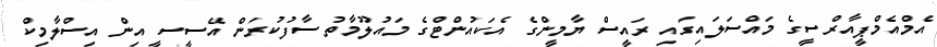
އެމްއެމްޕީއާރްސީގެ މައްސަލައިގައި ރައީސް ޔާމީންގެ އެކައުންޓްގެ މައުލޫމާތު ސާފުކުރަން އޭސީސީ އިން އިސްލާމިކް